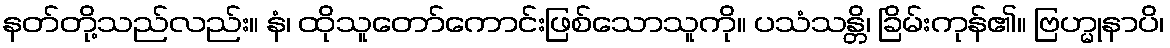
နတ်တို့သည်လည်း။ နံ၊ ထိုသူတော်ကောင်းဖြစ်သောသူကို။ ပသံသန္တိ၊ ခြိမ်းကုန်၏။ ဗြဟ္မုနာပိ၊